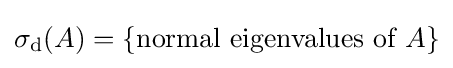
\sigma _{\mathrm {d} }(A)=\{{\mbox{normal eigenvalues of }}A\}